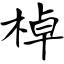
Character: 棹